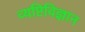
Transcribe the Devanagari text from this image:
व्यष्टिविज्ञान